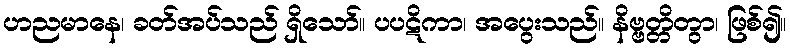
ဟညမာနေ၊ ခတ်အပ်သည် ရှိသော်။ ပပဋိကာ၊ အပွေးသည်။ နိဗ္ဗတ္တိတွာ၊ ဖြစ်၍။